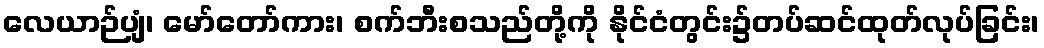
လေယာဉ်ပျံ၊ မော်တော်ကား၊ စက်ဘီးစသည်တို့ကို နိုင်ငံတွင်း၌တပ်ဆင်ထုတ်လုပ်ခြင်း၊